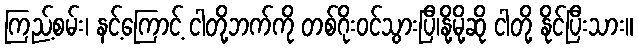
ကြည့်စမ်း၊ နင့်ကြောင့် ငါတို့ဘက်ကို တစ်ဂိုးဝင်သွားပြီ၊နို့မို့ဆို ငါတို့ နိုင်ပြီးသား။